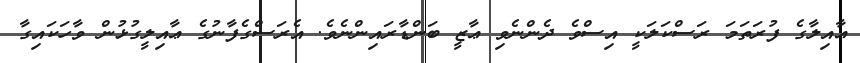
ޢާއިލާގެ ފުރަތަމަ ރަސްކަލަކީ އިސްވެ ދެންނެވި ޢާޒީ ބަންޑާރައިންނެވެ. އެރަސްގެފާނުގެ ޢާއިލީގުޅުން ވާހަކައިގާ